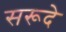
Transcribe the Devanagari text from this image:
सरूदे